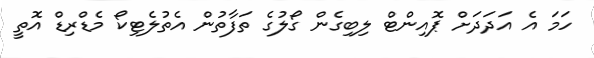
ހަމަ އެ އަދަދަށް ޕޮއިންޓް ލިބިގެން ގޯލުގެ ތަފާތުން އެތުލެޓިކޯ މެޑްރިޑް އޮތީ